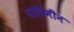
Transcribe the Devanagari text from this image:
पोदिमीन